Rangoon Lunatic Asylum 1878-1892 - 1878-1892
Year: 1878
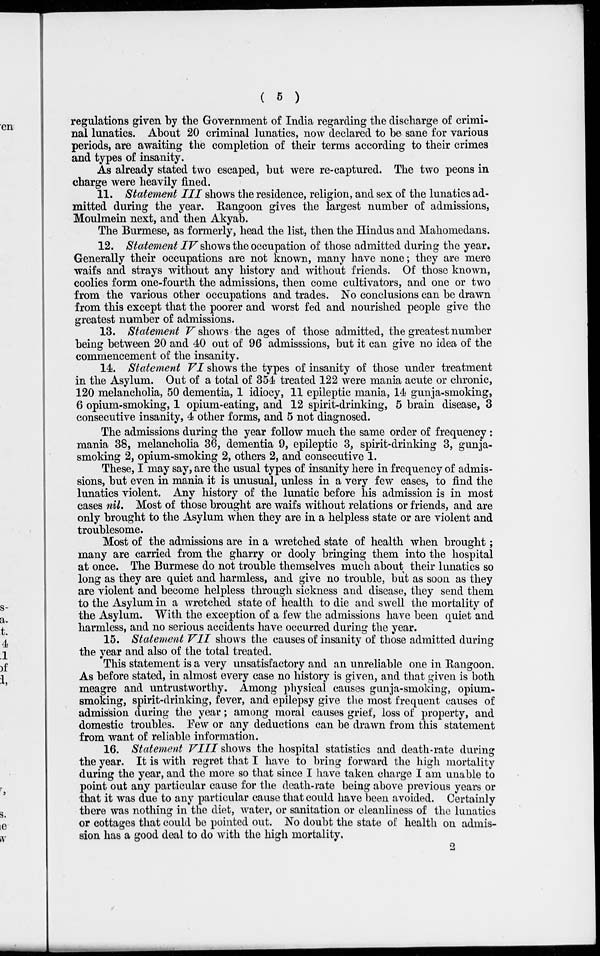
( 5 )
regulations given by the Government of India regarding the discharge of crimi-
nal lunatics. About 20 criminal lunatics, now declared to be sane for various
periods, are awaiting the completion of their terms according to their crimes
and types of insanity.
As already stated two escaped, but were re-captured. The two peons in
charge were heavily fined.
11. Statement III shows the residence, religion, and sex of the lunatics ad-
mitted during the year. Rangoon gives the largest number of admissions,
Moulmein next, and then Akyab.
The Burmese, as formerly, head the list, then the Hindus and Mahomedans.
12. Statement IV shows the occupation of those admitted during the year.
Generally their occupations are not known, many have none; they are mere
waifs and strays without any history and without friends. Of those known,
coolies form one-fourth the admissions, then come cultivators, and one or two
from the various other occupations and trades. No conclusions can be drawn
from this except that the poorer and worst fed and nourished people give the
greatest number of admissions.
13. Statement V shows the ages of those admitted, the greatest number
being between 20 and 40 out of 96 admisssions, but it can give no idea of the
commencement of the insanity.
14. Statement VI shows the types of insanity of those under treatment
in the Asylum. Out of a total of 354 treated 122 were mania acute or chronic,
120 melancholia, 50 dementia, 1 idiocy, 11 epileptic mania, 14 gunja-smoking,
6 opium-smoking, 1 opium-eating, and 12 spirit-drinking, 5 brain disease, 3
consecutive insanity, 4 other forms, and 5 not diagnosed.
The admissions during the year follow much the same order of frequency:
mania 38, melancholia 36, dementia 9, epileptic 3, spirit-drinking 3, gunja-
smoking 2, opium-smoking 2, others 2, and consecutive 1.
These, I may say, are the usual types of insanity here in frequency of admis-
sions, but even in mania it is unusual, unless in a very few cases, to find the
lunatics violent. Any history of the lunatic before his admission is in most
cases nil. Most of those brought are waifs without relations or friends, and are
only brought to the Asylum when they are in a helpless state or are violent and
troublesome.
Most of the admissions are in a wretched state of health when brought;
many are carried from the gharry or dooly bringing them into the hospital
at once. The Burmese do not trouble themselves much about their lunatics so
long as they are quiet and harmless, and give no trouble, but as soon as they
are violent and become helpless through sickness and disease, they send them
to the Asylum in a wretched state of health to die and swell the mortality of
the Asylum. With the exception of a few the admissions have been quiet and
harmless, and no serious accidents have occurred during the year.
15. Statement VII shows the causes of insanity of those admitted during
the year and also of the total treated.
This statement is a very unsatisfactory and an unreliable one in Rangoon.
As before stated, in almost every case no history is given, and that given is both
meagre and untrustworthy. Among physical causes gunja-smoking, opium-
smoking, spirit-drinking, fever, and epilepsy give the most frequent causes of
admission during the year; among moral causes grief, loss of property, and
domestic troubles. Few or any deductions can be drawn from this statement
from want of reliable information.
16. Statement VIII shows the hospital statistics and death-rate during
the year. It is with regret that I have to bring forward the high mortality
during the year, and the more so that since I have taken charge I am unable to
point out any particular cause for the death-rate being above previous years or
that it was due to any particular cause that could have been avoided. Certainly
there was nothing in the diet, water, or sanitation or cleanliness of the lunatics
or cottages that could be pointed out. No doubt the state of health on admis-
sion has a good deal to do with the high mortality.
2